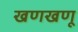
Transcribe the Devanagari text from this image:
खणखणू